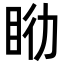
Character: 𥅇